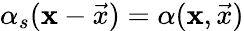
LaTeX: \alpha_{s}(\mathbf{x}-\vec{x})=\alpha(\mathbf{x},\vec{x})